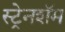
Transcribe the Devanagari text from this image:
स्ट्रेनशॅम